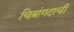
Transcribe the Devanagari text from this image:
चित्रांगदाची